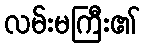
လမ်းမကြီး၏